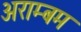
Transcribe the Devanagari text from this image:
अराम्बम